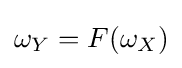
\omega _{Y}=F(\omega _{X})